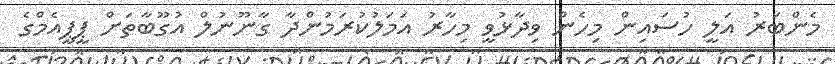
މެންބަރު އަލީ ހުސައިން މިހެން ވިދާޅުވީ މިހާރު އަމަލުކުރަމުންދާ ގާނޫނުލް އުގޫބާތަށް ޕީޕީއެމްގެ